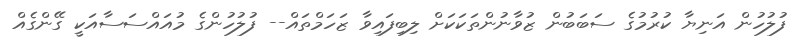
ފުލުހުން އަނިޔާ ކުރުމުގެ ސަބަބުން ޒުވާނުންތަކަކަށް ލިބިފައިވާ ޒަހަމްތައް-- ފުލުހުންގެ މުއައްސަސާއަކީ ގޭންގެއް